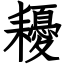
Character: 耰